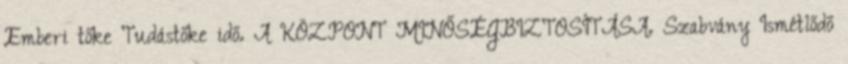
Emberi tőke Tudástőke idő. A KÖZPONT MINŐSÉGBIZTOSÍTÁSA. Szabvány Ismétlődő